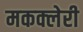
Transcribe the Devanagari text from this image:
मकक्लेरी